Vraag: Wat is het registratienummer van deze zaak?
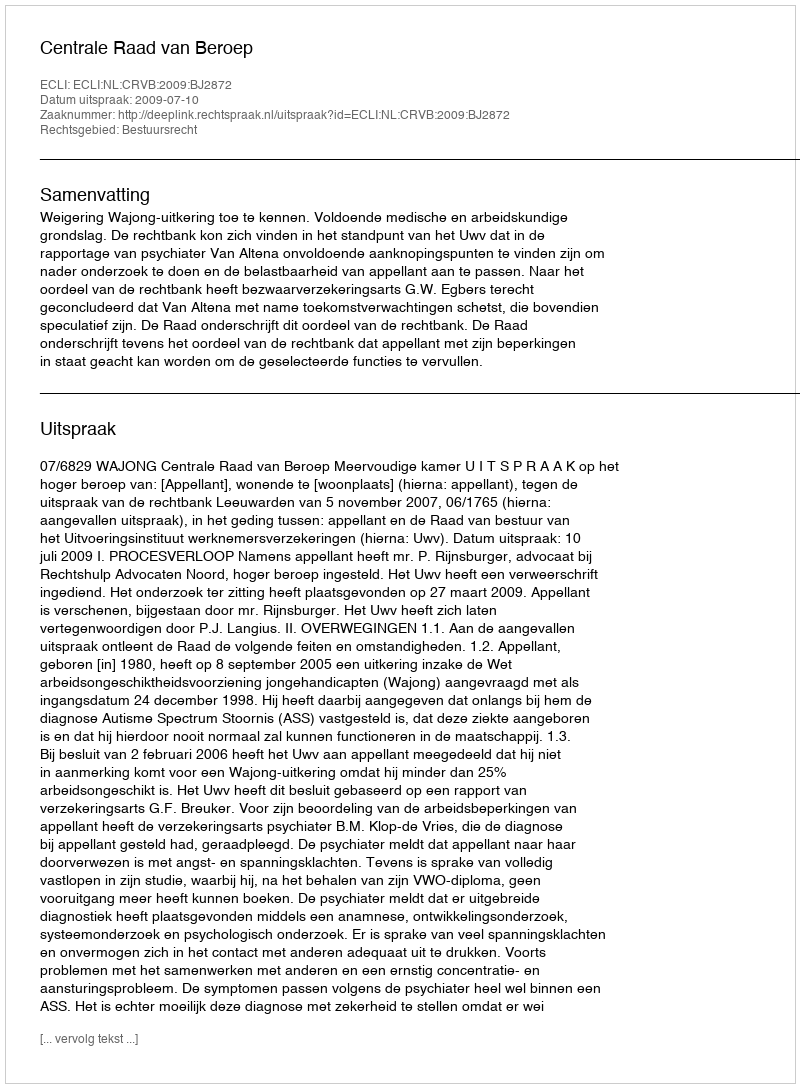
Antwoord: http://deeplink.rechtspraak.nl/uitspraak?id=ECLI:NL:CRVB:2009:BJ2872